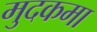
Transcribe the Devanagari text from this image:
मुदकमा